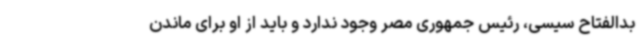
بدالفتاح سیسی، رئیس جمهوری مصر وجود ندارد و باید از او برای ماندن